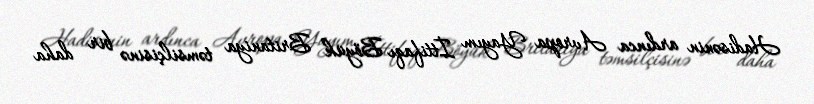
Hadisənin ardınca Avropa Yayım İttifaqı Böyük Britaniya təmsilçisinə bir daha